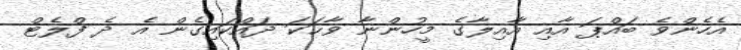
އެހެންވެ ބައްޕަ އާއި އާއިލާގެ މީހުންނާ ވާޙަކަ ދައްކައިގެން އެ ދެ ފްލެޓް